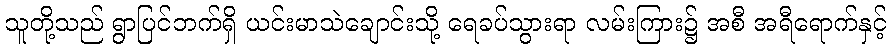
သူတို့သည် ရွာပြင်ဘက်ရှိ ယင်းမာသဲချောင်းသို့ ရေခပ်သွားရာ လမ်းကြား၌ အစီ အရီရောက်နှင့်